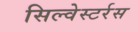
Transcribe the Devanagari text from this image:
सिल्वेस्टर्रस